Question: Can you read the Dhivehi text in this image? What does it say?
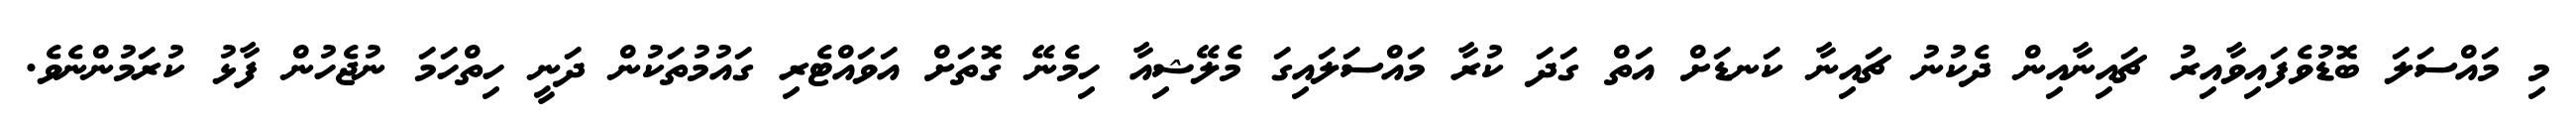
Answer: މި މައްސަލަ ބޮޑުވެފައިވާއިރު ޗައިނާއިން ދެކުނު ޗައިނާ ކަނޑަށް އަތް ގަދަ ކުރާ މައްސަލައިގަ މެލޭޝިއާ ހިމެނޭ ގޮތަށް އަވައްޓެރި ގައުމުތަކުން ދަނީ ހިތްހަމަ ނުޖެހުން ފާޅު ކުރަމުންނެވެ.